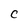
Character: C